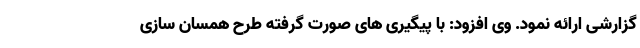
گزارشی ارائه نمود. وی افزود: با پیگیری های صورت گرفته طرح همسان سازی